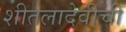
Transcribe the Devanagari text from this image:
शीतलादेवीची